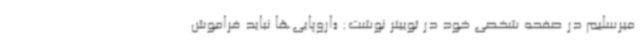
میرسلیم در صفحه شخصی خود در توییتر نوشت: «اروپایی‌ها نباید فراموش